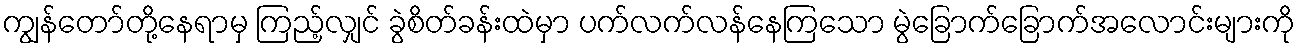
ကျွန်တော်တို့နေရာမှ ကြည့်လျှင် ခွဲစိတ်ခန်းထဲမှာ ပက်လက်လန်နေကြသော မွဲခြောက်ခြောက်အလောင်းများကို